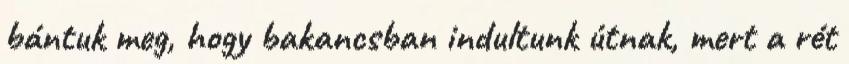
bántuk meg, hogy bakancsban indultunk útnak, mert a rét